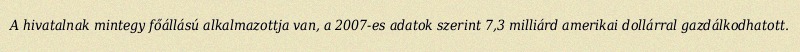
A hivatalnak mintegy főállású alkalmazottja van, a 2007-es adatok szerint 7,3 milliárd amerikai dollárral gazdálkodhatott.